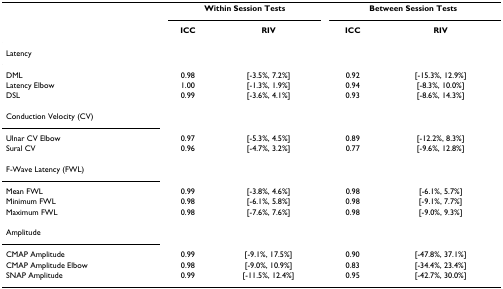
|  | <COLSPAN=2> Within Session Tests | <COLSPAN=2> Between Session Tests |
 |  | ICC | RIV | ICC | RIV |
 | --- | --- | --- | --- | --- |
 | <COLSPAN=5> Latency |
 | DML | 0.98 | [-3.5%, 7.2%] | 0.92 | [-15.3%, 12.9%] |
 | Latency Elbow | 1.00 | [-1.3%, 1.9%] | 0.94 | [-8.3%, 10.0%] |
 | DSL | 0.99 | [-3.6%, 4.1%] | 0.93 | [-8.6%, 14.3%] |
 | <COLSPAN=5> Conduction Velocity (CV) |
 | Ulnar CV Elbow | 0.97 | [-5.3%, 4.5%] | 0.89 | [-12.2%, 8.3%] |
 | Sural CV | 0.96 | [-4.7%, 3.2%] | 0.77 | [-9.6%, 12.8%] |
 | <COLSPAN=5> F-Wave Latency (FWL) |
 | Mean FWL | 0.99 | [-3.8%, 4.6%] | 0.98 | [-6.1%, 5.7%] |
 | Minimum FWL | 0.98 | [-6.1%, 5.8%] | 0.98 | [-9.1%, 7.7%] |
 | Maximum FWL | 0.98 | [-7.6%, 7.6%] | 0.98 | [-9.0%, 9.3%] |
 | <COLSPAN=5> Amplitude |
 | CMAP Amplitude | 0.99 | [-9.1%, 17.5%] | 0.90 | [-47.8%, 37.1%] |
 | CMAP Amplitude Elbow | 0.98 | [-9.0%, 10.9%] | 0.83 | [-34.4%, 23.4%] |
 | SNAP Amplitude | 0.99 | [-11.5%, 12.4%] | 0.95 | [-42.7%, 30.0%] |